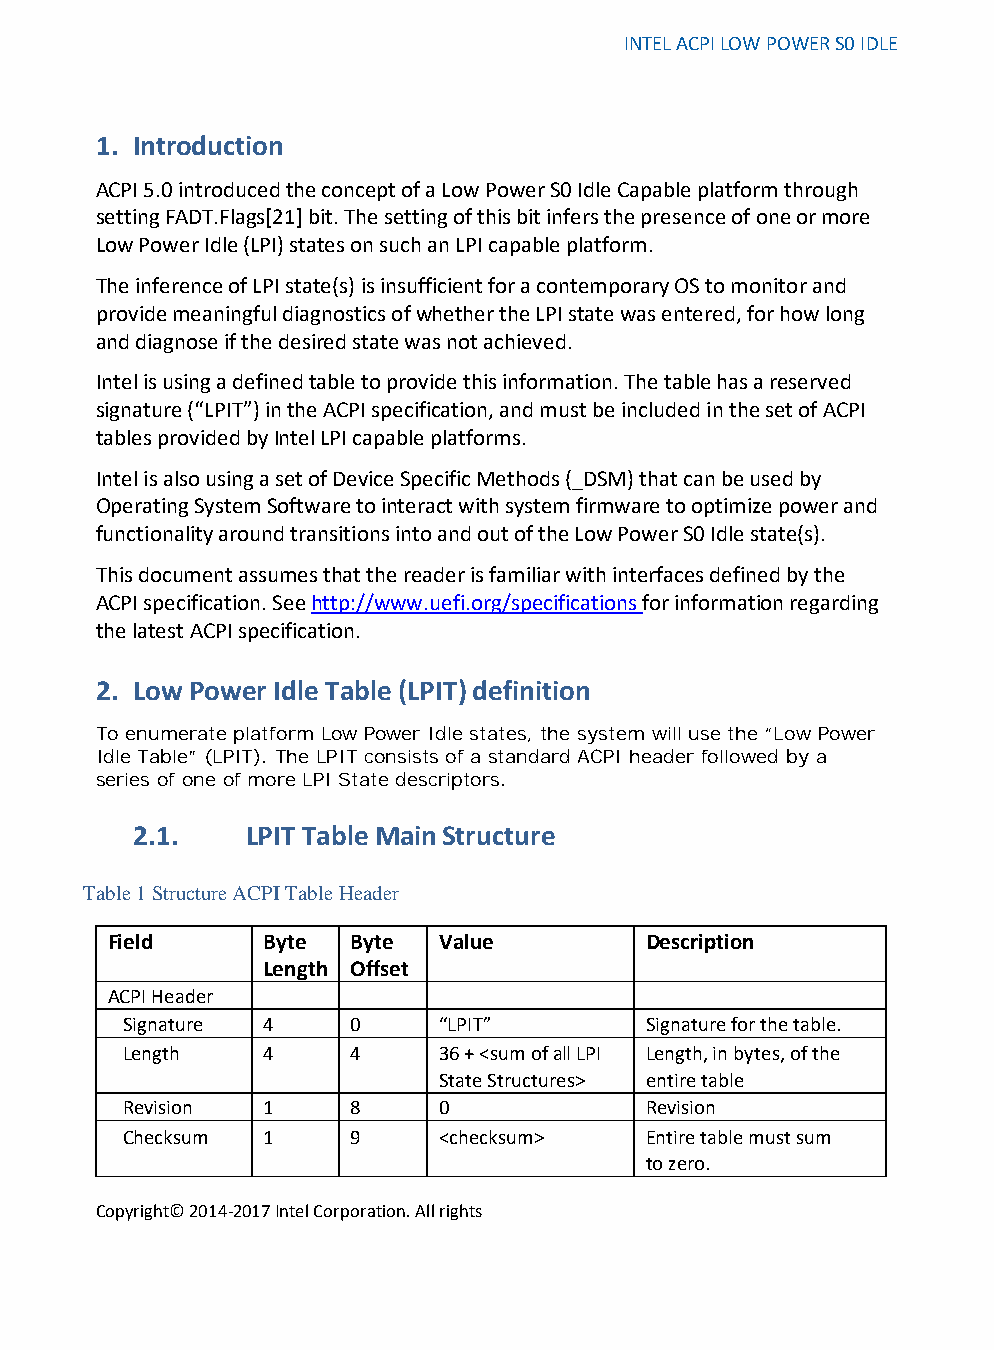
INTEL ACPI LOW POWER S0 IDLE
 1. Introduction
 ACPI 5.0 introduced the concept of a Low Power S0 Idle Capable platform through
 setting FADT.Flags[21] bit. The setting of this bit infers the presence of one or more
 Low Power Idle (LPI) states on such an LPI capable platform.
 The inference of LPI state(s) is insufficient for a contemporary OS to monitor and
 provide meaningful diagnostics of whether the LPI state was entered, for how long
 and diagnose if the desired state was not achieved.
 Intel is using a defined table to provide this information. The table has a reserved
 signature (“LPIT”) in the ACPI specification, and must be included in the set of ACPI
 tables provided by Intel LPI capable platforms.
 Intel is also using a set of Device Specific Methods (_DSM) that can be used by
 Operating System Software to interact with system firmware to optimize power and
 functionality around transitions into and out of the Low Power S0 Idle state(s).
 This document assumes that the reader is familiar with interfaces defined by the
 ACPI specification. See http://www.uefi.org/specifications for information regarding
 the latest ACPI specification.
 2. Low Power Idle Table (LPIT) definition
 To enumerate platform Low Power Idle states, the system will use the “Low Power
 Idle Table” (LPIT). The LPIT consists of a standard ACPI header followed by a
 series of one of more LPI State descriptors.
 2.1.   LPIT Table Main Structure
 Table 1 Structure ACPI Table Header
 Field     Byte  Byte  Value         Description
 Length Offset
 ACPI Header
 Signature 4    0     “LPIT”        Signature for the table.
 Length   4     4     36 + <sum of all LPI Length, in bytes, of the
 State Structures> entire table
 Revision 1     8     0             Revision
 Checksum 1     9     <checksum>    Entire table must sum
 to zero.
 Copyright© 2014-2017 Intel Corporation. All rights